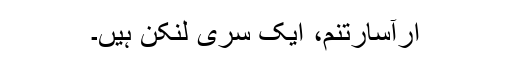
ارآسارتنم، ایک سری لنکن ہیں۔